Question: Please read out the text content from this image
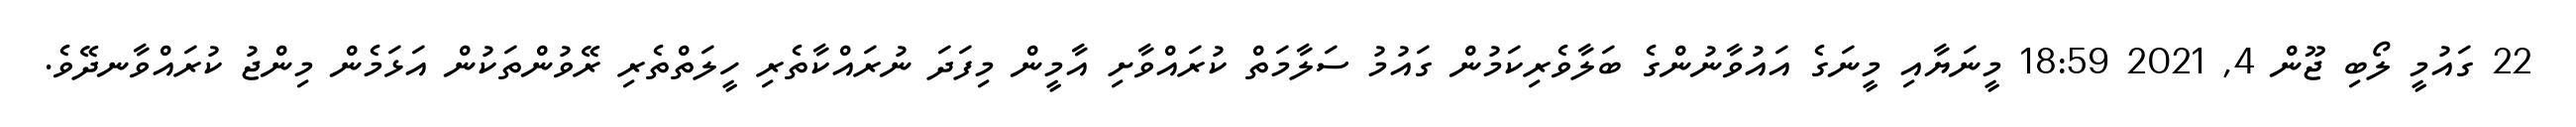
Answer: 22 ގައުމީ ލޯބި ޖޫން 4, 2021 18:59 މީނަޔާއި މީނަގެ އައުވާނުންގެ ބަލާވެރިކަމުން ގައުމު ސަލާމަތް ކުރައްވާށި އާމީން މިފަދަ ނުރައްކާތެރި ހީލަތްތެރި ރޭވުންތަކުން އަޅަމެން މިންޖު ކުރައްވާނދޭވެ.